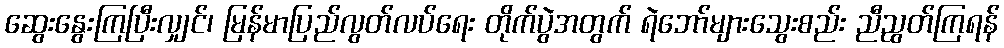
ဆွေးနွေးကြပြီးလျှင်၊ မြန်မာပြည်လွတ်လပ်ရေး တိုက်ပွဲအတွက် ရဲဘော်များသွေးစည်း ညီညွတ်ကြရန်